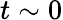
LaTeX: t\sim 0